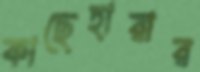
কাছেহারার